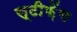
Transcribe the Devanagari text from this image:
स्टीफ़ेंस